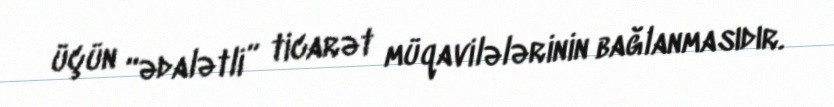
üçün “ədalətli” ticarət müqavilələrinin bağlanmasıdır.